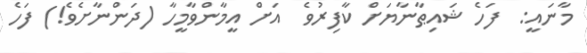
މާނައީ:  ފަހެ ޝައިޠާނާޔަށް ކާފިރުވެ  އަށް އީމާންވާމީހާ (ދަންނާށެވެ!) ފަހެ